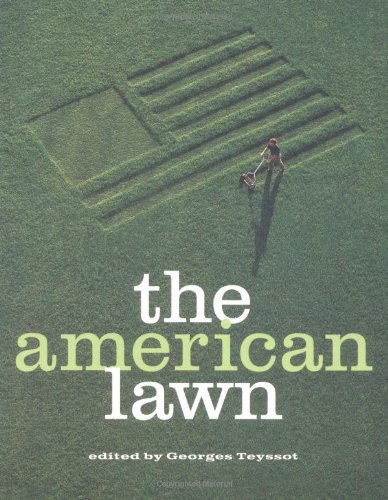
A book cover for The American Lawn; Georges Teyssot; Crafts, Hobbies & Home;